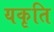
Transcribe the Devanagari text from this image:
यकृति